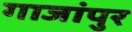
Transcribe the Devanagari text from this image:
गाजांपुर